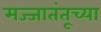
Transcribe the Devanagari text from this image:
मज्जातंतूच्या